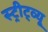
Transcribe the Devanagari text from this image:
स्ट्रीट्व्यू